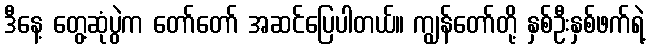
ဒီနေ့ တွေ့ဆုံပွဲက တော်တော် အဆင်ပြေပါတယ်။ ကျွန်တော်တို့ နှစ်ဦးနှစ်ဖက်ရဲ့